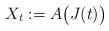
\begin{align*} X_t:=A\bigl(J(t)\bigr)\end{align*}